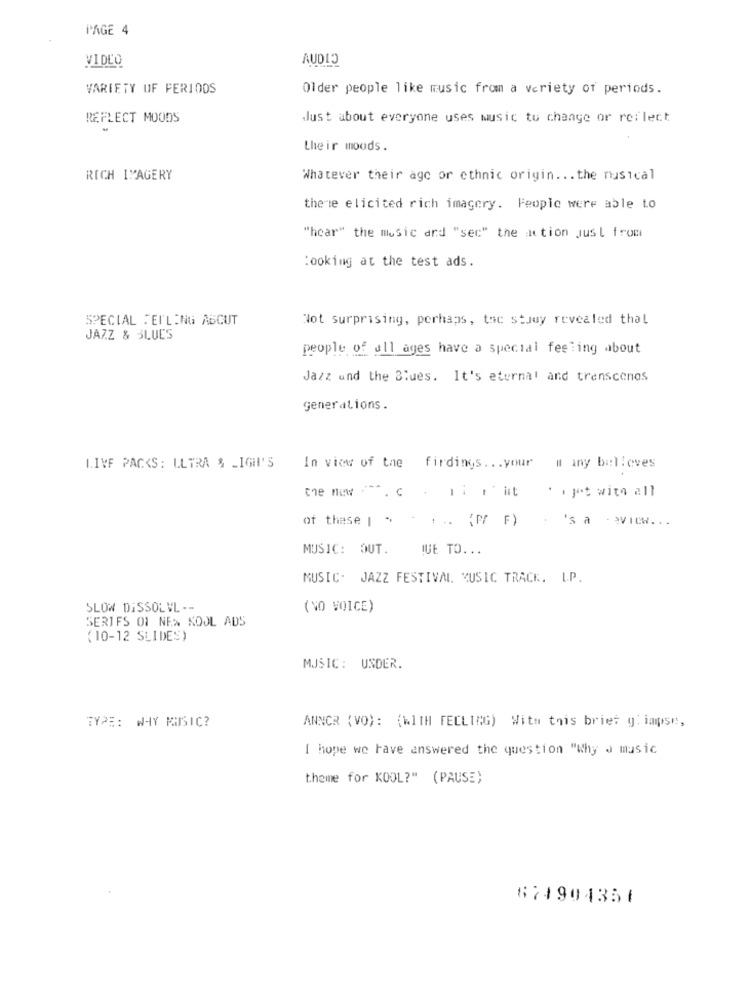
PAGE 4
VIDEO
VARIETY OF PERIODS
Older people like music from a variety of periods.
REFLECT MOODS
Just about everyone uses music to change or reflect
their moods.
RICH IMAGERY
Whatever their agc or ethnic origin ... the musical
thene elicited rich imagery. People were able to
"hear" the music and "sec" the notion Just from
:ooking at the test ads.
SPECIAL FEILING ASCUT
Not surprising, perhaps, tac study revealed that
JAZZ & BLUES
people of all ages have a special feeling about
Jazz and the Blues. It's eternal and trenscenes
generations.
LIVE PACKS: ULTRA $ _IGH'S
In view of the firdings ... your # any believes
.-
the new *.
. ijet with all
of these [ . ... (P/ F) . 's a - >view ...
MUSIC: OUT.
QUE TO. ..
MUSIC. JAZZ FESTIVAL. MUSIC TRACK. L.P.
SLOW DISSOLVL --
( NO VOICE)
SERIFS 01 NEW KOOL ADS
(10-12 SLIDES)
MUSIC: UNDER.
TYPE: WHY MUSIC?
ANNCR (VO): (WITH FEELING) With this briet gliapse,
I hope we have answered the question "Why a music
theme for KOOL?" (PAUSE)
674904357